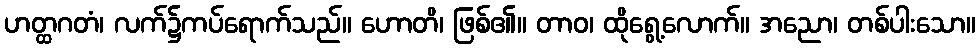
ဟတ္ထဂတံ၊ လက်၌ကပ်ရောက်သည်။ ဟောတိ၊ ဖြစ်၏။ တာဝ၊ ထိုရွေ့လောက်။ အညော၊ တစ်ပါးသော။